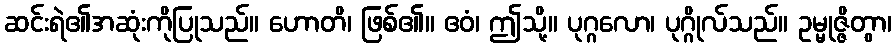
ဆင်းရဲ၏အဆုံးကိုပြုသည်။ ဟောတိ၊ ဖြစ်၏။ ဧဝံ၊ ဤသို့။ ပုဂ္ဂလော၊ ပုဂ္ဂိုလ်သည်။ ဥမ္မုဇ္ဇိတွာ၊